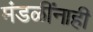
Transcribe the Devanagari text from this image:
मंडळींनाही